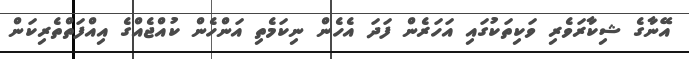
އޭނާގެ ޝިކާރަވެރި ވަކިތަކުގައި އަހަރެން ފަދަ އެހެން ނިކަމެތި އަންހެން ކުއްޖެއްގެ އިއްފަތްތެރިކަން